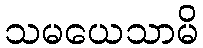
သမယေသာမိ